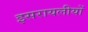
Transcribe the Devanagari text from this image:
इसरायलीयों